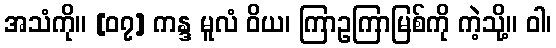
အသံကို။ [၀၇] ကန္ဒ မူလံ ဝိယ၊ ကြာဥကြာမြစ်ကို ကဲ့သို့။ ဝါ၊